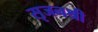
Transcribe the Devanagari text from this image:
सृजनश्री